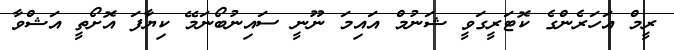
ރީމް އަހަރެންގެ ކޮޓަރީގަވީ ޝަނުމް އައިމަ ނޫނީ ސައިނުބޯނަމޭ ކިޔާފަ އޮށޯތީ އަޝްވާ